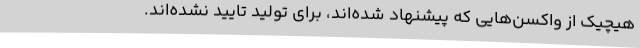
هیچیک از واکسن‌هایی که پیشنهاد شده‌اند، برای تولید تایید نشده‌اند.